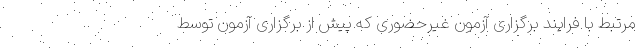
مرتبط با فرایند برگزاری آزمون غیرحضوری که پیش از برگزاری آزمون توسط